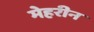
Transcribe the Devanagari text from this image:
मेहरीन